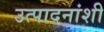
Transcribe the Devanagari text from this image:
उत्पादनांशी